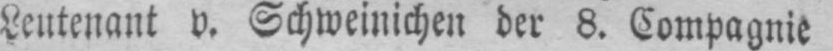
Leutenant v. Schweinichen der 8. Compagnie